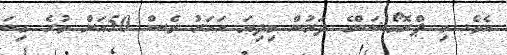
އެވެ. މި ޕްރޮމޯޝަންގެ ދަށުން މިދިޔަ އަހަރު ވެސް 50އަށް ވުރެ ގިނަ